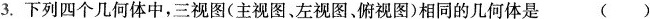
3.下列四个几何体中，三视图（主视图、左视图、俯视图）相同的几何体是 （）